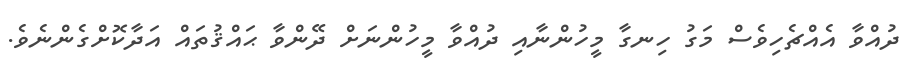
ދުއްވާ އެއްޗެހިވެސް މަގު ހިނގާ މީހުންނާއި ދުއްވާ މީހުންނަށް ދޭންވާ ޙައްޤުތައް އަދާކޮށްގެންނެވެ.